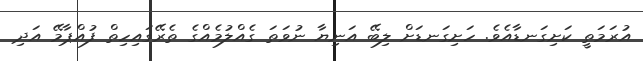
އުރަމަތީ ކަށިގަނޑާއެވެ. ހަށިގަނޑަށް ލިބޭ އަނިޔާ ނުވަތަ ގެއްލުމެއްގެ ތެރޭގައިހިތް ފުއްޕާމޭ އަދި